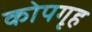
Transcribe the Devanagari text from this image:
कोपगृह